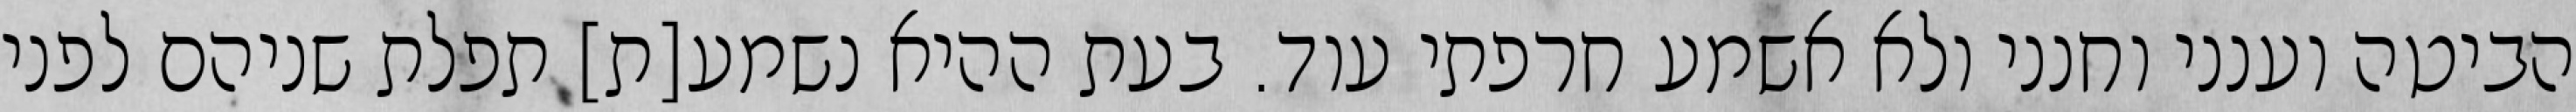
הביטה וענני וחנני ולא אשמע חרפתי עוד. בעת ההיא נשמע[ת] תפלת שניהם לפני